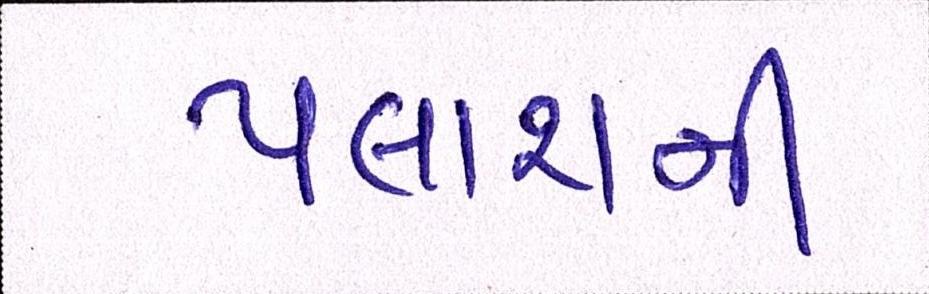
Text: પલાશની